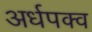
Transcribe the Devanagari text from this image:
अर्धपक्व